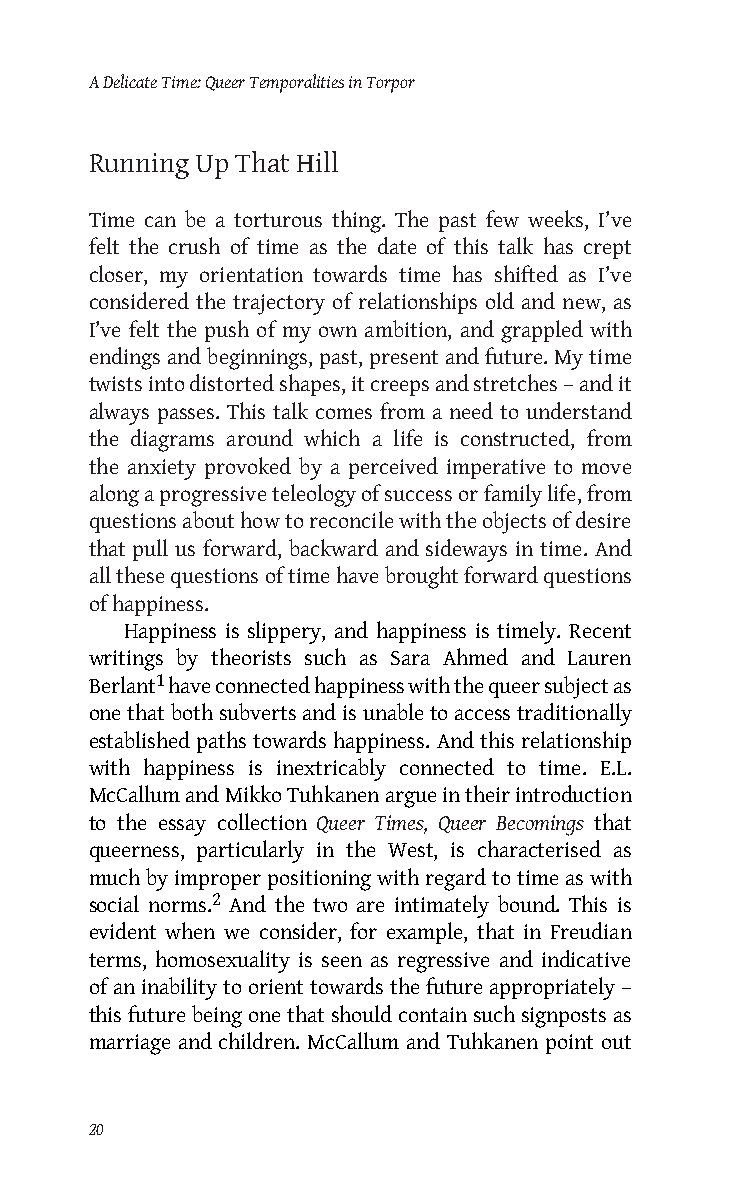
A Delicate Time: Queer Temporalities in Torpor
 Running Up That Hill
 Time can be a torturous thing. The past few weeks, I’ve
 felt the crush of time as the date of this talk has crept
 closer, my orientation towards time has shifted as I’ve
 considered the trajectory of relationships old and new, as
 I’ve felt the push of my own ambition, and grappled with
 endings and beginnings, past, present and future. My time
 twists into distorted shapes, it creeps and stretches – and it
 always passes. This talk comes from a need to understand
 the diagrams around which a life is constructed, from
 the anxiety provoked by a perceived imperative to move
 along a progressive teleology of success or family life, from
 questions about how to reconcile with the objects of desire
 that pull us forward, backward and sideways in time. And
 all these questions of time have brought forward questions
 of happiness.
 Happiness is slippery, and happiness is timely. Recent
 writings by theorists such as Sara Ahmed and Lauren
 Berlant1 have connected happiness with the queer subject as
 one that both subverts and is unable to access traditionally
 established paths towards happiness. And this relationship
 with happiness is inextricably connected to time. E.L.
 McCallum and Mikko Tuhkanen argue in their introduction
 to the essay collection Queer Times, Queer Becomings that
 queerness, particularly in the West, is characterised as
 much by improper positioning with regard to time as with
 social norms.2 And the two are intimately bound. This is
 evident when we consider, for example, that in Freudian
 terms, homosexuality is seen as regressive and indicative
 of an inability to orient towards the future appropriately –
 this future being one that should contain such signposts as
 marriage and children. McCallum and Tuhkanen point out
 20